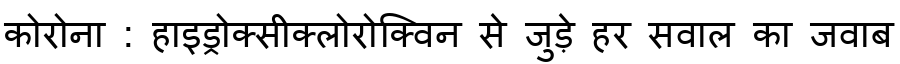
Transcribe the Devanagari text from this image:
कोरोना : हाइड्रोक्सीक्लोरोक्विन से जुड़े हर सवाल का जवाब